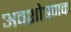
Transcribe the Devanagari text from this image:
अवशोषणक